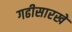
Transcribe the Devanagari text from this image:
गढीसारखे